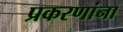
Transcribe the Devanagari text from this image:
प्रकरणांना